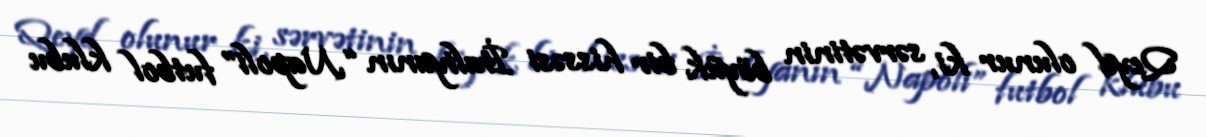
Qeyd olunur ki, sərvətinin böyük bir hissəsi İtaliyanın “Napoli” futbol klubu